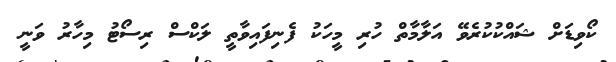
ކޯވިޑަށް ޝައްކުކުރެވޭ އަލާމާތް ހުރި މީހަކު ފެނިފައިވާތީ ލަކްސް ރިސޯޓު މިހާރު ވަނީ